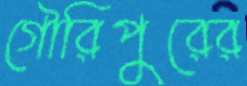
গৌরিপুরের